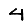
Digit: 4